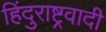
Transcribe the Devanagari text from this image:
हिंदुराष्ट्रवादी